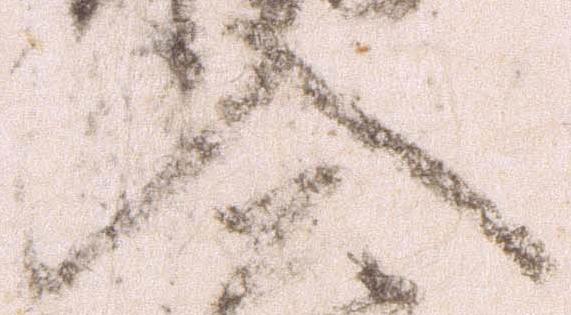
入